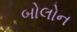
બોલોન